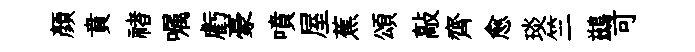
顏賁禇嘱虧豪噴屋蕉頌敲齊愈琰竺鷀可